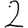
Digit: 2